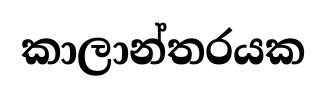
කාලාන්තරයක